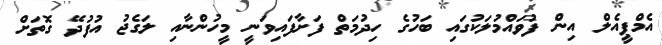
އެމްޕީއެލް އިން ފުވައްމުލަކުގައި ބަހުގެ ހިދުމަތް ފަށާފައިވަނީ މީހުންނާއި ލަގެޖު އުފުދޭ ގޮތަށް